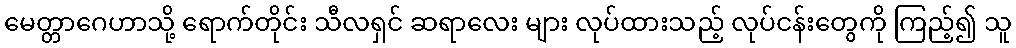
မေတ္တာဂေဟာသို့ ရောက်တိုင်း သီလရှင် ဆရာလေး များ လုပ်ထားသည့် လုပ်ငန်းတွေကို ကြည့်၍ သူ